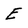
Character: E